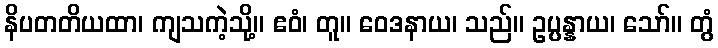
နိပတတိယထာ၊ ကျသကဲ့သို့။ ဧဝံ၊ တူ။ ဝေဒနာယ၊ သည်။ ဥပ္ပန္နာယ၊ သော်။ တွံ